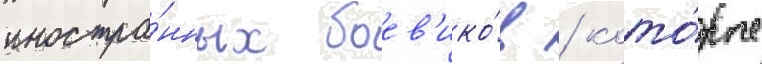
иностра́нных боев'ико́в / кото́рые